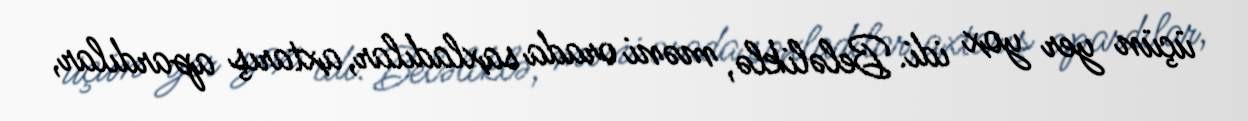
üçün yer yox idi. Beləliklə, məni orada saxladılar, axtarış apardılar,